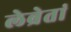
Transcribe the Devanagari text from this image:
लेब्रेतां